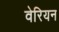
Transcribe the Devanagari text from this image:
वेरियन